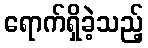
ရောက်ရှိခဲ့သည့်